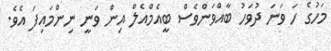
މަހުގެ ހަ ވަނަ ދުވަހު ބާއްވަންވެސް ބީއެމްއެލް އިން ވަނީ ނިންމައިފަ އެވެ.